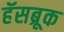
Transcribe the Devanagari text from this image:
हॅसब्रूक